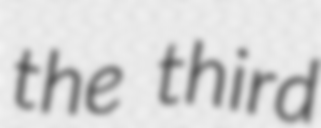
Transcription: the third